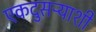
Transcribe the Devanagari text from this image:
एकदुसऱ्याशी